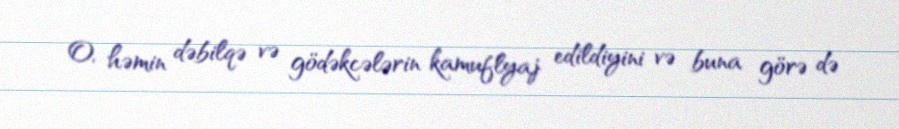
O, həmin dəbilqə və gödəkcələrin kamuflyaj edildiyini və buna görə də